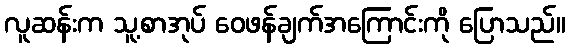
လူဆန်းက သူ့စာအုပ် ဝေဖန်ချက်အကြောင်းကို ပြောသည်။